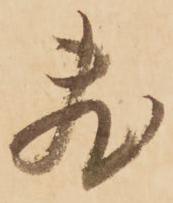
敷